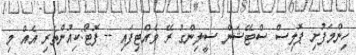
ހިންމަފުށި ޕޮލިސް ސްޓޭޝަން ސީލިންގު ރޭ ވެއްޓިފައި -- ފޮޓޯ:ކިއުންތެރި އެއް މި